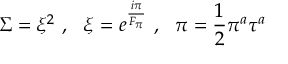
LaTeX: L = L _ { \mathrm { Y M } } + \bar { \psi } ( i \gamma ^ { \mu } \underline { { { D } } } _ { \mu } - m ) \psi